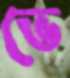
ভে